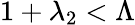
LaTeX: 1+\lambda_{2}<{\Lambda}